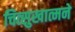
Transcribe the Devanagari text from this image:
चित्सुखात्मने